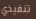
تنفيذي